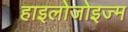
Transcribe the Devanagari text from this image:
हाइलोजोइज्म